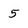
Character: 5